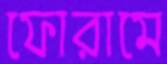
ফোরামে